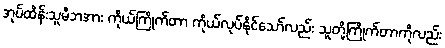
အုပ်ထိန်းသူမိဘအား ကိုယ်ကြိုက်တာ ကိုယ်လုပ်နိုင်သော်လည်း သူတို့ကြိုက်တာကိုလည်း